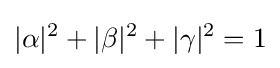
|\alpha |^{2}+|\beta |^{2}+|\gamma |^{2}=1